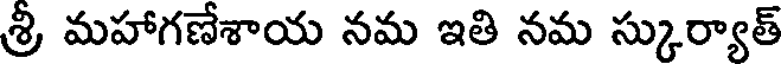
శ్రీ మహాగణేశాయ నమ ఇతి నమ స్కుర్యాత్